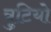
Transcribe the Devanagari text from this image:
त्रुटियो